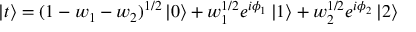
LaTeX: \left| t \right> = ( 1 - w _ { 1 } - w _ { 2 } ) ^ { 1 / 2 } \left| 0 \right> + w _ { 1 } ^ { 1 / 2 } e ^ { i \phi _ { 1 } } \left| 1 \right> + w _ { 2 } ^ { 1 / 2 } e ^ { i \phi _ { 2 } } \left| 2 \right>